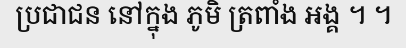
ប្រជាជន នៅក្នុង ភូមិ ត្រពាំង អង្គ ។ ។